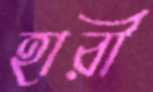
হারী